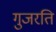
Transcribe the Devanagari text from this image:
गुजरति